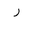
Letter: _ra